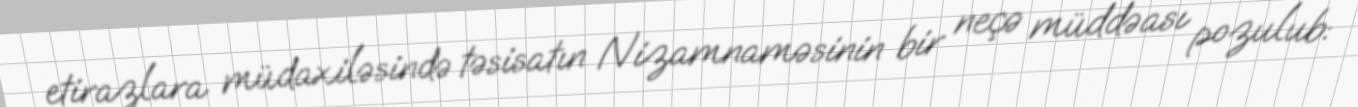
etirazlara müdaxiləsində təsisatın Nizamnaməsinin bir neçə müddəası pozulub: